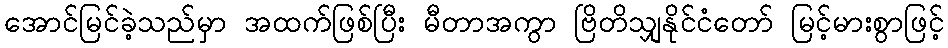
အောင်မြင်ခဲ့သည်မှာ အထက်ဖြစ်ပြီး မီတာအကွာ ဗြိတိသျှနိုင်ငံတော် မြင့်မားစွာဖြင့်